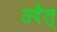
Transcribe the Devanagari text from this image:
उदैत्